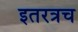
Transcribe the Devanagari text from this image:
इतरत्रच